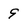
Character: 9